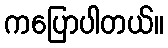
ကပြောပါတယ်။